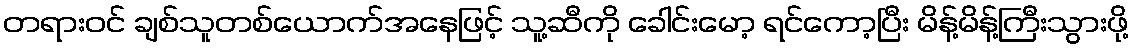
တရားဝင် ချစ်သူတစ်ယောက်အနေဖြင့် သူ့ဆီကို ခေါင်းမော့ ရင်ကော့ပြီး မိန့်မိန့်ကြီးသွားဖို့